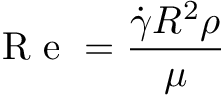
\mathrm { ~ R ~ e ~ } = \frac { \dot { \gamma } R ^ { 2 } \rho } { \mu } \